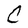
Character: C